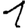
Digit: 1